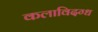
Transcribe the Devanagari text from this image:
कलाविदग्ध